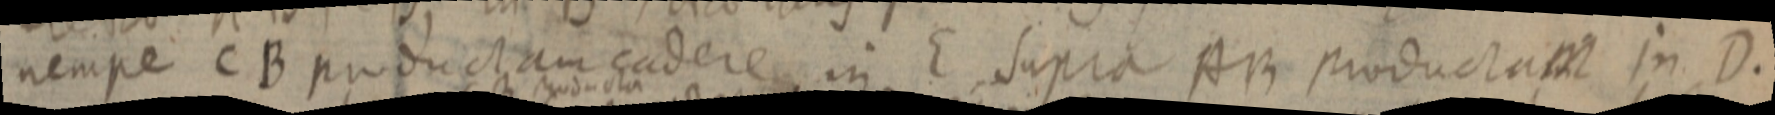
nempe CB productam cadere in E Supra AB productam in D.